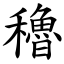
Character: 穭